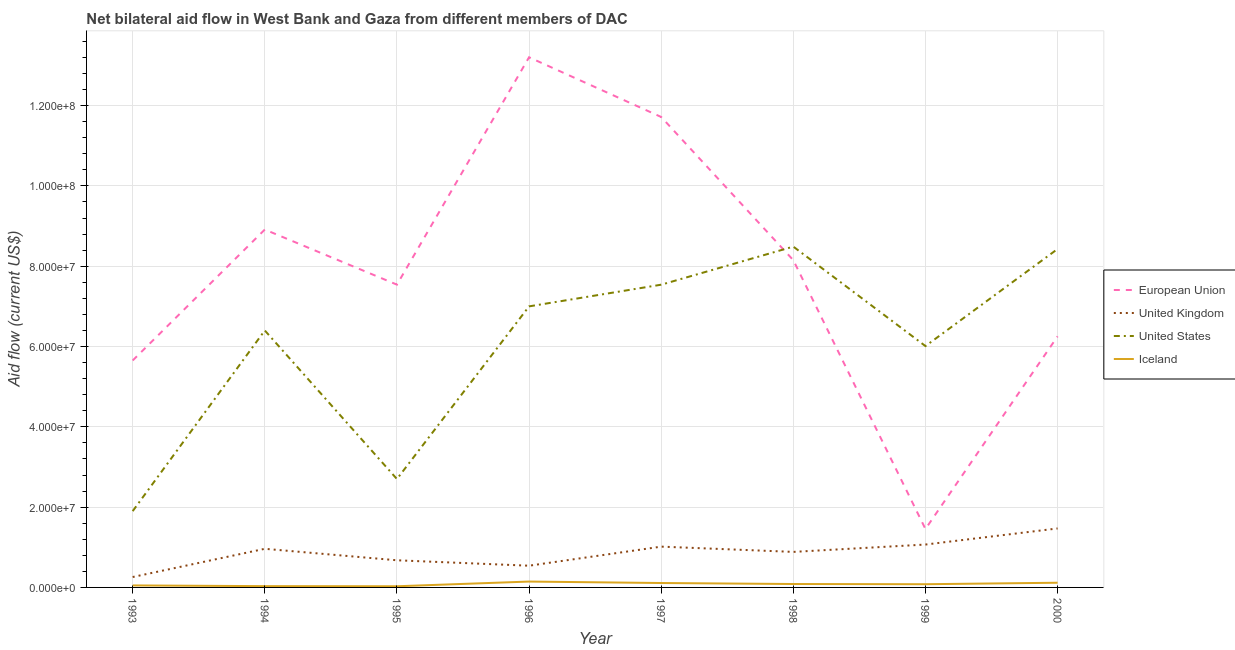
| Year | European Union | United Kingdom | United States | Iceland |
 | --- | --- | --- | --- | --- |
 | 1993 | 5.65e+07 | 2.59e+06 | 1.9e+07 | 5e+05 |
 | 1994 | 8.91e+07 | 9.62e+06 | 6.4e+07 | 3.2e+05 |
 | 1995 | 7.54e+07 | 6.76e+06 | 2.7e+07 | 2.9e+05 |
 | 1996 | 1.32e+08 | 5.41e+06 | 7e+07 | 1.46e+06 |
 | 1997 | 1.17e+08 | 1.02e+07 | 7.54e+07 | 1.1e+06 |
 | 1998 | 8.15e+07 | 8.85e+06 | 8.49e+07 | 8.5e+05 |
 | 1999 | 1.46e+07 | 1.07e+07 | 6.01e+07 | 8e+05 |
 | 2000 | 6.25e+07 | 1.47e+07 | 8.43e+07 | 1.17e+06 |